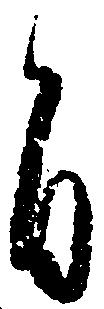
旨